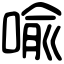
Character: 喩